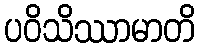
ပဝိသိဿာမာတိ